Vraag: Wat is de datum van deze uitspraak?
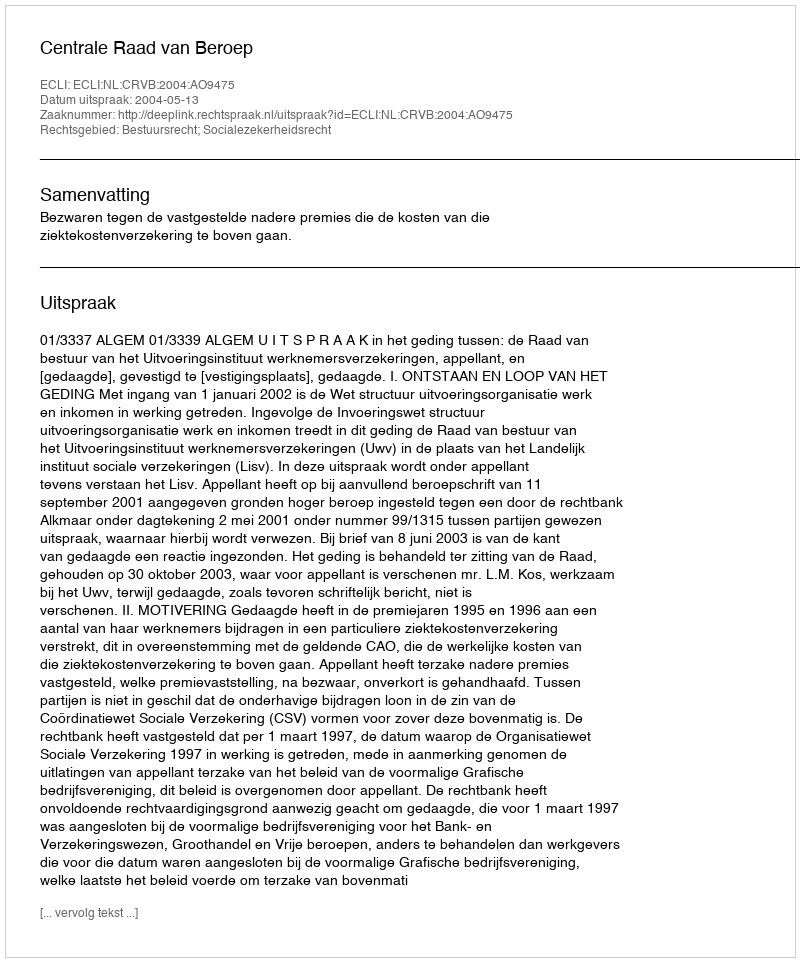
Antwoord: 2004-05-13